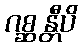
ဂစ္ဆန္တီပိ